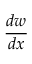
\frac { d w } { d x }